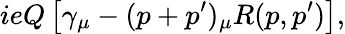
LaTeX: \displaystyle ieQ\left[\gamma_{\mu}-(p+p^{\prime})_{\mu}R(p,p^{\prime})\right],